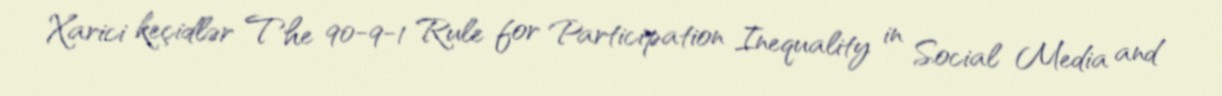
Xarici keçidlər The 90-9-1 Rule for Participation Inequality in Social Media and